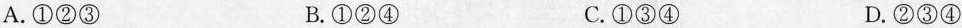
A.①②③ B.①②④ C.①③④ D.②③④